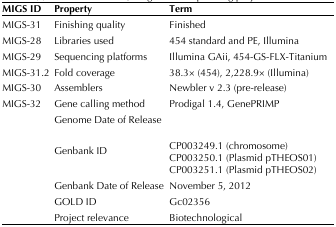
<table><thead><tr><td><b>MIGS ID</b></td><td><b>Property</b></td><td><b>Term</b></td></tr></thead><tbody><tr><td>MIGS-31</td><td>Finishing quality</td><td>Finished</td></tr><tr><td>MIGS-28</td><td>Libraries used</td><td>454 standard and PE, Illumina</td></tr><tr><td>MIGS-29</td><td>Sequencing platforms</td><td>Illumina GAii, 454-GS-FLX-Titanium</td></tr><tr><td>MIGS-31.2</td><td>Fold coverage</td><td>38.3× (454), 2,228.9× (Illumina)</td></tr><tr><td>MIGS-30</td><td>Assemblers</td><td>Newbler v 2.3 (pre-release)</td></tr><tr><td>MIGS-32</td><td>Gene calling method</td><td>Prodigal 1.4, GenePRIMP</td></tr><tr><td></td><td>Genome Date of Release</td><td></td></tr><tr><td></td><td>Genbank ID</td><td>CP003249.1 (chromosome)CP003250.1 (Plasmid pTHEOS01)CP003251.1 (Plasmid pTHEOS02)</td></tr><tr><td></td><td>Genbank Date of Release</td><td>November 5, 2012</td></tr><tr><td></td><td>GOLD ID</td><td>Gc02356</td></tr><tr><td></td><td>Project relevance</td><td>Biotechnological</td></tr></tbody></table>